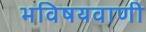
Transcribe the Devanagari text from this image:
भविषयवाणी